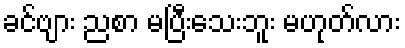
ခင်ဗျား ညစာ မပြီးသေးဘူး မဟုတ်လား